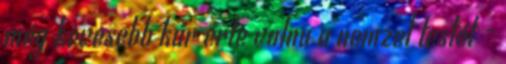
még kevesebb kár érte volna a nemzet testét -